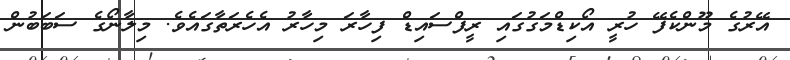
އޭރުގެ މޫންކެފޭ ހުރީ އޯކިޑްމަގުގައި ރީފްސައިޑް ފިހާރަ މިހާރު އެހެރަތާގައެވެ. މިލާނޯގެ ސަބަބުން